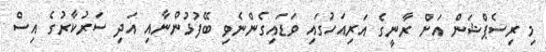
މި ރިސެޕްޝަން އަށް ރާނީގެ އަރިއަހުގައި ވަޑައިގެންނެވި ބޭފުޅުންނާއި އަދި ސަރުކާރުގެ އިސް